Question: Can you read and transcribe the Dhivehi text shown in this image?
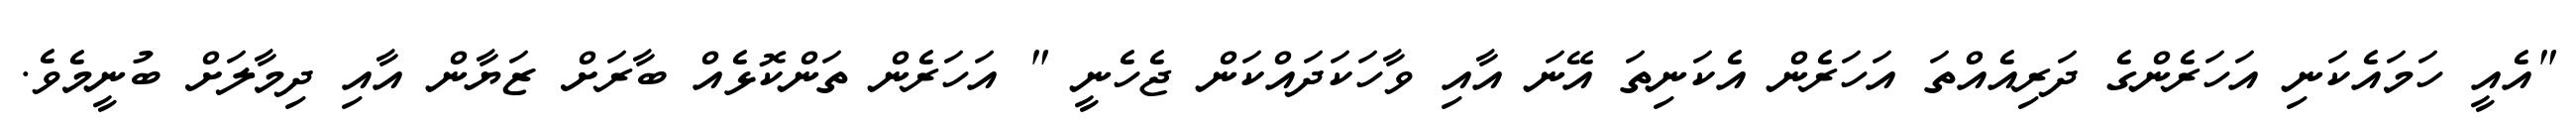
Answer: "އެއީ ހަމައެކަނި އަހަރެންގެ ދަރިއެއްތަ އަހަރެން އެކަނިތަ އޭނަ އާއި ވާހަކަދައްކަން ޖެހެނީ " އަހަރެން ތަންކޮޅެއް ބާރަށް ޒަޔާން އާއި ދިމާލަށް ބުނީމެވެ.